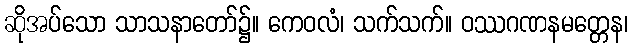
ဆိုအပ်သော သာသနာတော်၌။ ကေဝလံ၊ သက်သက်။ ဝဿဂဏနမတ္တေန၊